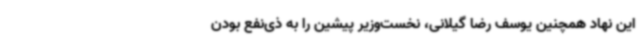
این نهاد همچنین یوسف رضا گیلانی، نخست‌وزیر پیشین را به ذی‌نفع بودن